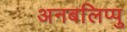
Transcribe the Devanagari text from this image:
अनबलिप्पु